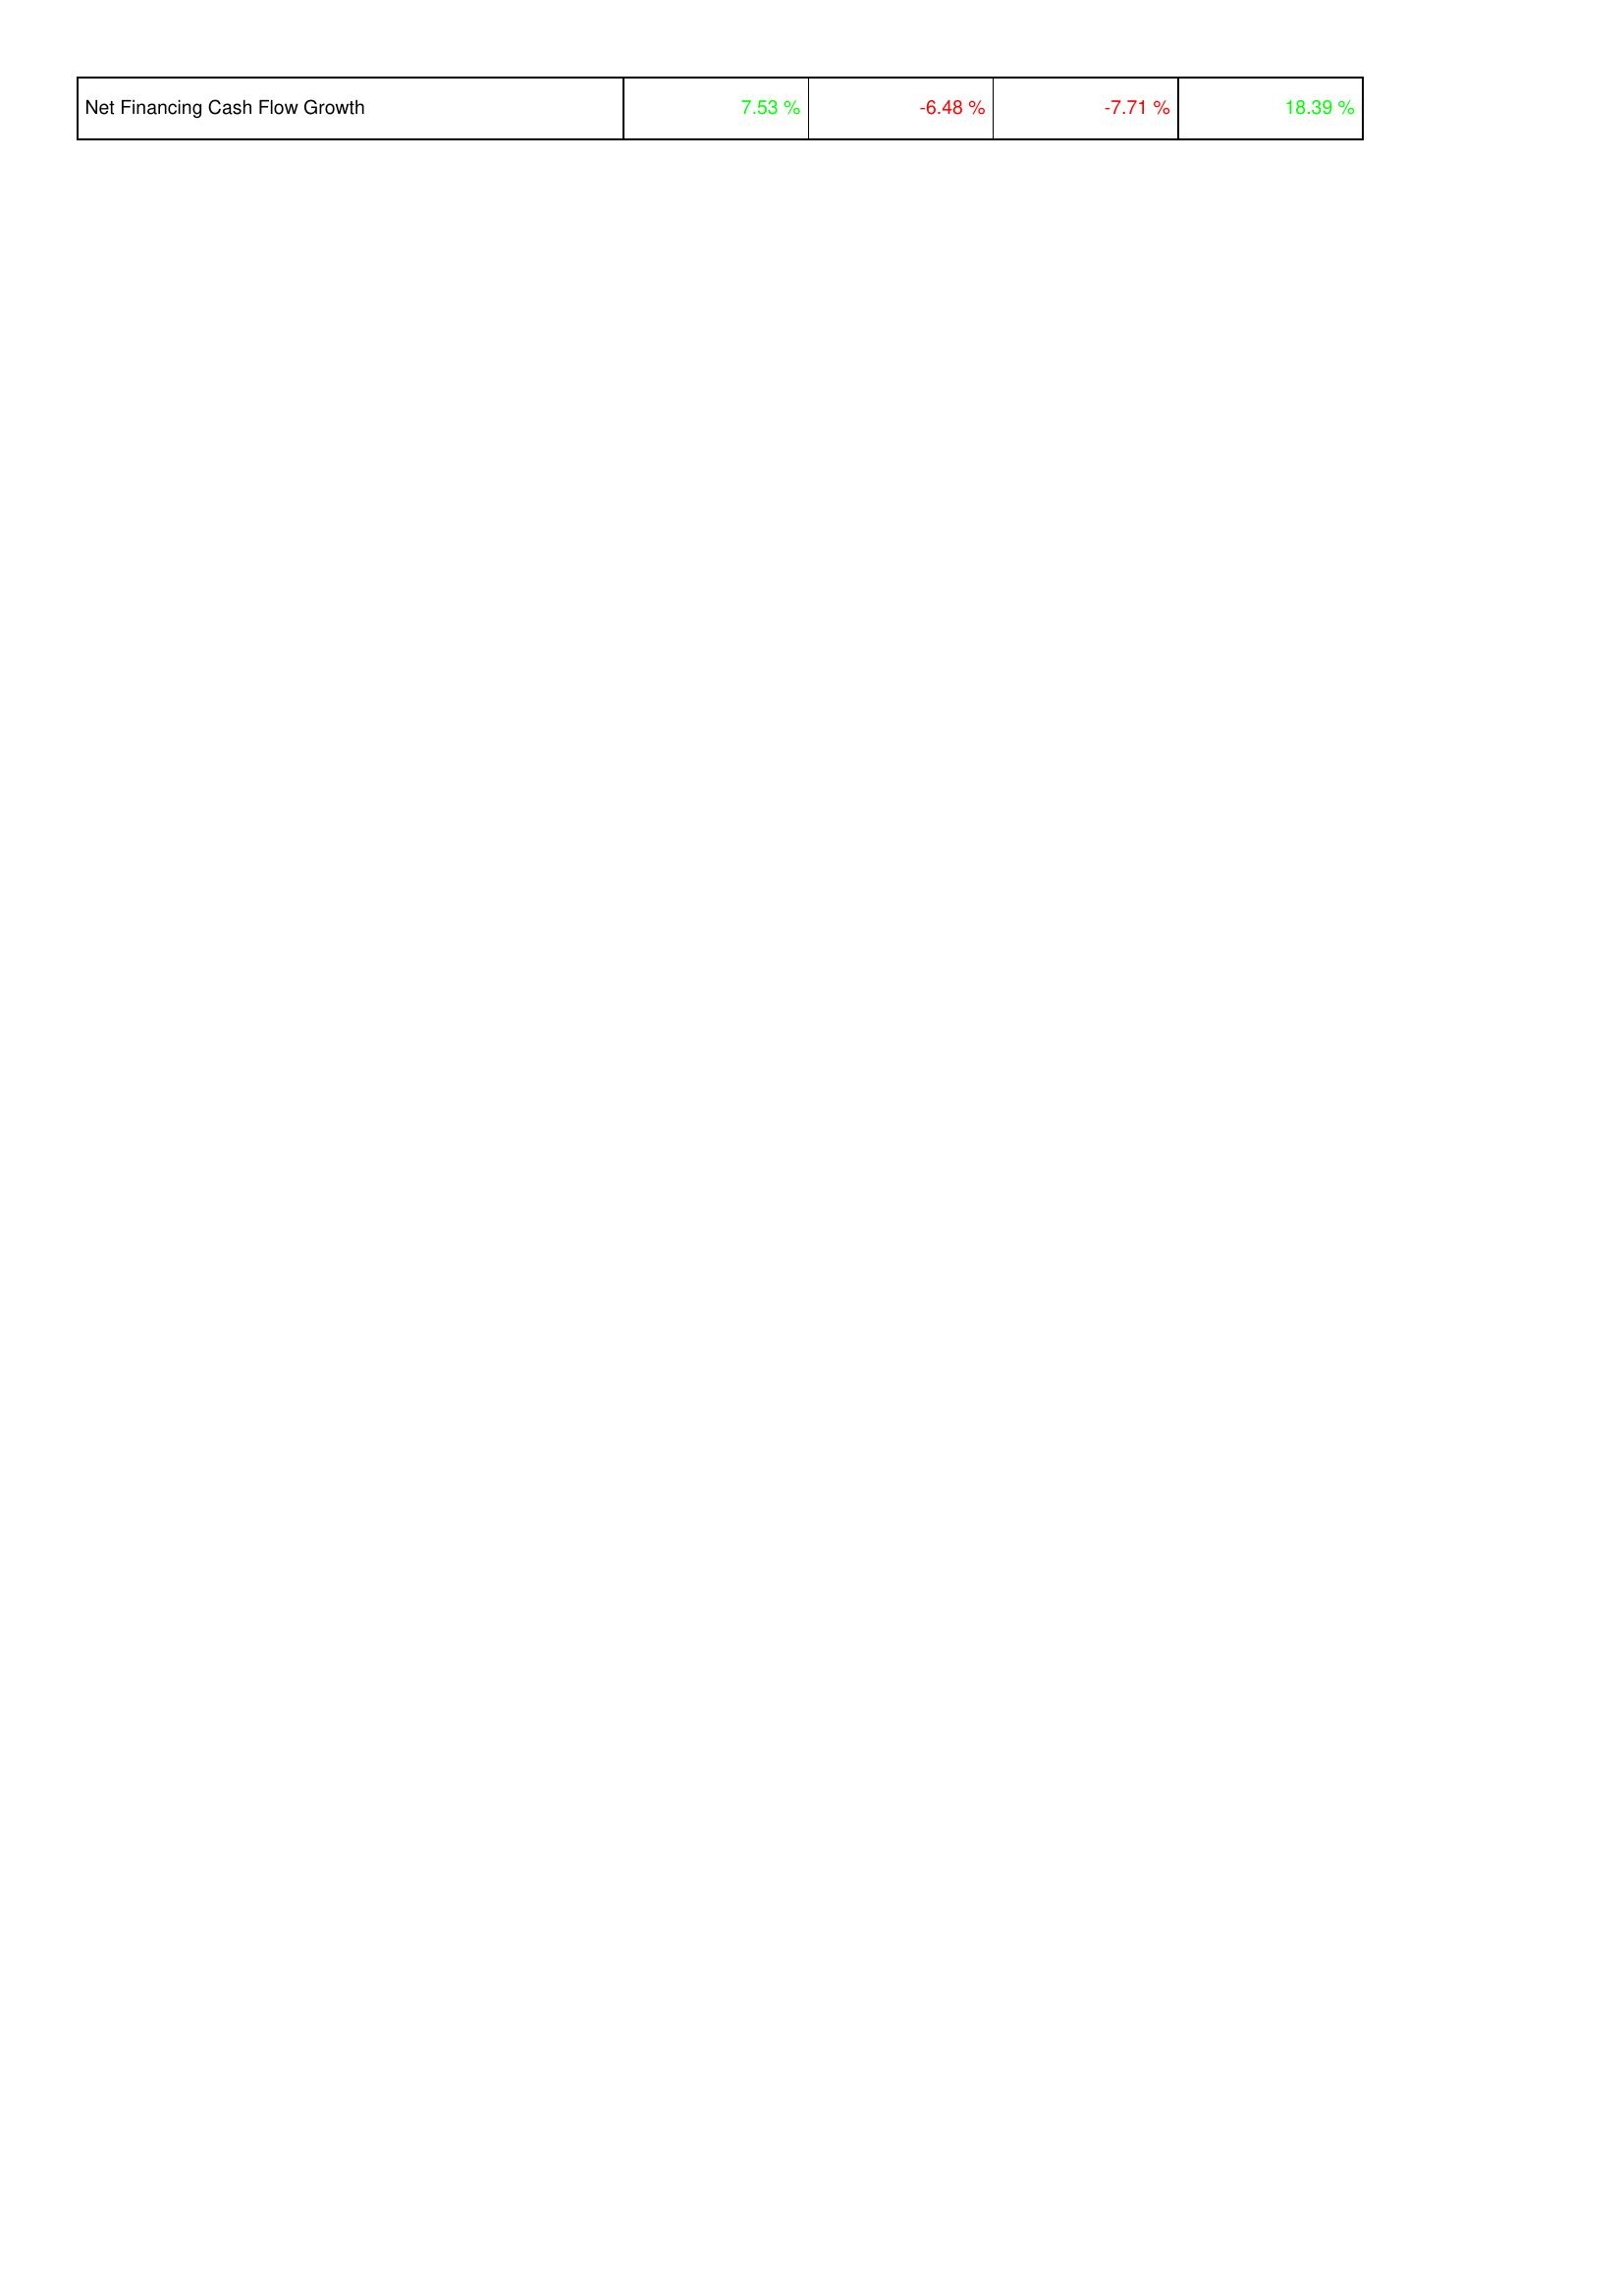
2015: Financing Activities: Net Financing Cash Flow Growth: 7.53 %
2014: Financing Activities: Net Financing Cash Flow Growth: -6.48 %
2013: Financing Activities: Net Financing Cash Flow Growth: -7.71 %
2012: Financing Activities: Net Financing Cash Flow Growth: 18.39 %